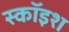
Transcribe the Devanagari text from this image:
स्कॉइश